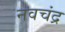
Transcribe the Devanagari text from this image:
नवचंद्र